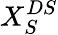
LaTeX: X_{S}^{DS}